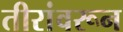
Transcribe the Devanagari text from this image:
तीरांवरून